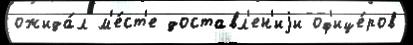
ожида́л м'е́ст'е доставл'ен'иjи оф'ице́ров